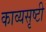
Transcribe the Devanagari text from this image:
काव्यसृष्टी